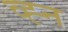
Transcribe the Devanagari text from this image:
व्ह्न